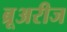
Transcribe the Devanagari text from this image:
ब्रूअरीज